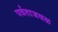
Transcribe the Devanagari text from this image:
पर्वताजवळ